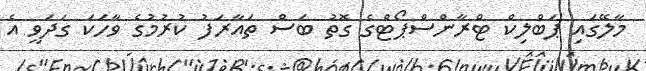
މާލޭގައި ޕަބްލިކް ޓްރާންސްޕޯޓްގެ ގޮތު ބަސް ތައާރަފު ކުރުމުގެ ވާހަކަ ގަދަވީ އެ